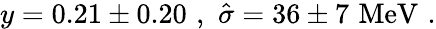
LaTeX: y=0.21\pm 0.20\, \, ,\, \, \hat{\sigma}=36\pm 7\, \, \mathrm{MeV}\, \, .